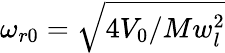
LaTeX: \omega_{r0}=\sqrt{4V_{0}/Mw_{l}^{2}}